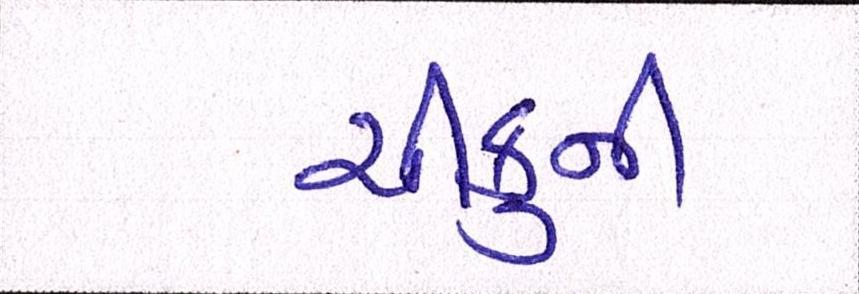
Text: ચીકુની